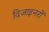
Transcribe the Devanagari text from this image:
दिजाइनरों